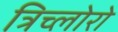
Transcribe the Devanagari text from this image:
त्रिच्लोरो